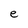
Character: e